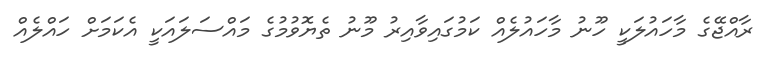
ރާއްޖޭގެ މާހައުލަކީ ހޫނު މާހައުލެއް ކަމުގައިވާއިރު މޫނު ތެޔޮވުމުގެ މައްސަލައަކީ އެކަމަށް ހައްލެއް